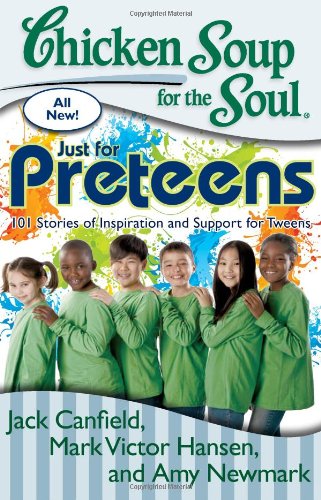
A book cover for Chicken Soup for the Soul: Just for Preteens: 101 Stories of Inspiration and Support for Tweens; Jack Canfield; Children's Books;